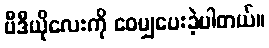
ဗီဒီယိုလေးကို ဝေမျှပေးခဲ့ပါတယ်။